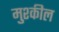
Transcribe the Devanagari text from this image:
मुश्कील